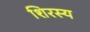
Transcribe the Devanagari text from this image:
शिरस्य